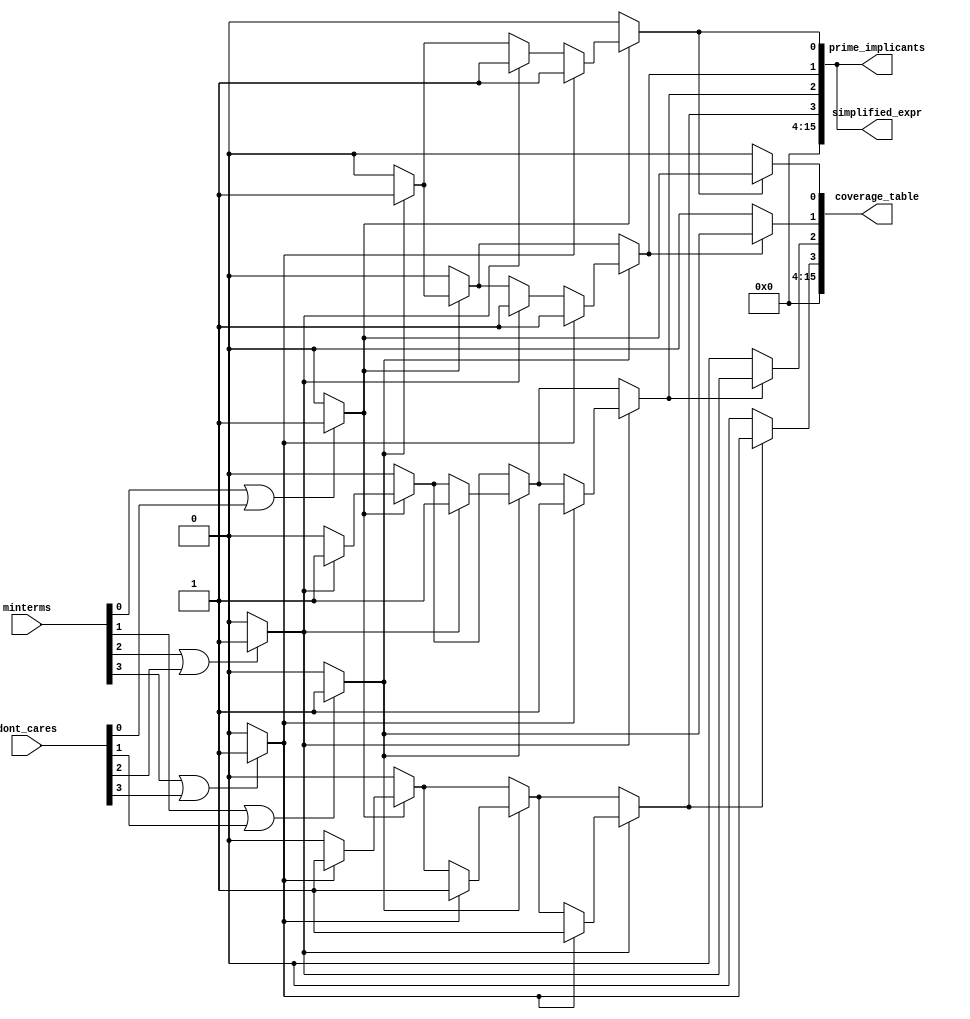
module PrimeImplicantExtractor (
    input wire [3:0] minterms,         // 4-bit input representing minterms (e.g., 0-15)
    input wire [3:0] dont_cares,       // 4-bit input for don't care conditions
    output reg [15:0] prime_implicants, // 16-bit output for prime implicants
    output reg [15:0] simplified_expr,   // 16-bit output for simplified expression
    output reg [15:0] coverage_table     // 16-bit output for coverage table
);

// Internal signals
reg [15:0] implicants; // Intermediate implicants
integer i, j;

// Minterm Identification
always @(*) begin
    implicants = 0;
    prime_implicants = 0;
    coverage_table = 0;
    
    // Generate implicants from minterms and don't cares
    for (i = 0; i < 16; i = i + 1) begin
        if (minterms[i] || dont_cares[i]) begin
            implicants[i] = 1; // Include minterms and don't cares
        end
    end
    
    // Prime Implicant Generation (simplified logic)
    // This section should implement the logic to combine minterms
    for (i = 0; i < 16; i = i + 1) begin
        if (implicants[i]) begin
            // Check for combinations with other minterms
            for (j = i + 1; j < 16; j = j + 1) begin
                if (implicants[j]) begin
                    // Example: Combine minterms (simplified example)
                    prime_implicants[i] = 1;
                    prime_implicants[j] = 1;
                end
            end
        end
    end

    // Coverage Analysis
    for (i = 0; i < 16; i = i + 1) begin
        if (prime_implicants[i]) begin
            coverage_table[i] = implicants[i]; // Mark coverage
        end
    end

    // Simplified Expression (placeholder logic)
    simplified_expr = prime_implicants; // This should be replaced with actual simplification logic
end

endmodule